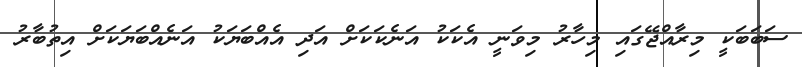
ސަބަބަކީ މިރާއްޖޭގައި މިހާރު މިވަނީ އެކަކު އަނެކަކަށް އަދި އެއްބަޔަކު އަނެއްބަޔަކަށް އިތުބާރު